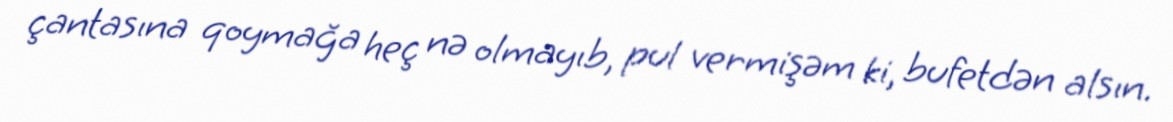
çantasına qoymağa heç nə olmayıb, pul vermişəm ki, bufetdən alsın.